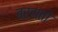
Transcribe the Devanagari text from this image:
बरसतो